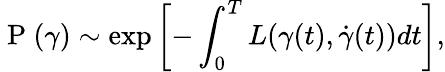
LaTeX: \mathrm{~P~}(\gamma)\sim\exp\left[-\int_{0}^{T}L(\gamma(t),\dot{\gamma}(t))dt\right],